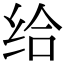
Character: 给